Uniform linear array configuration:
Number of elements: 4
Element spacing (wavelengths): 0.75
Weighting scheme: exponential
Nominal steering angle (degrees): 15
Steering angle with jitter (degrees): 14.051
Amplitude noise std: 0.05
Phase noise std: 0.05

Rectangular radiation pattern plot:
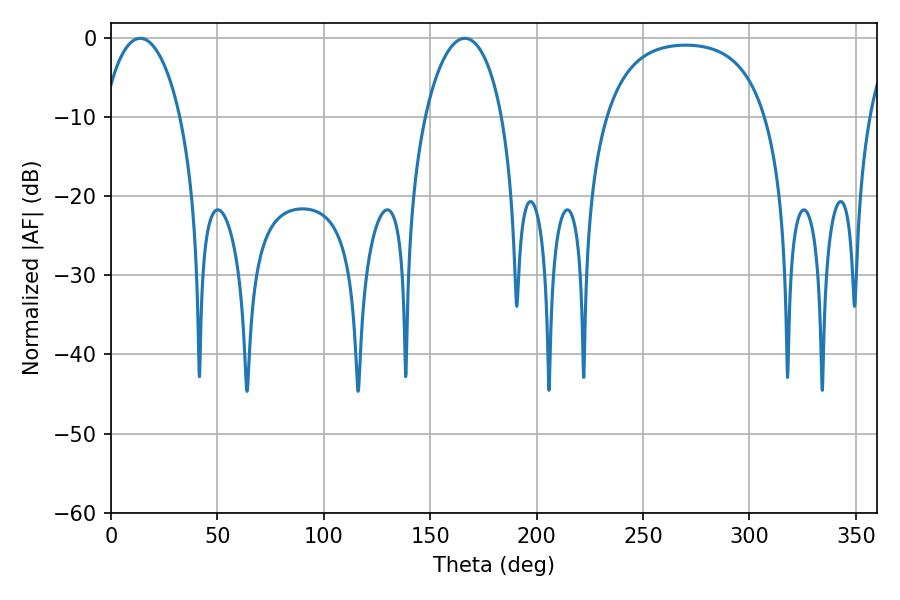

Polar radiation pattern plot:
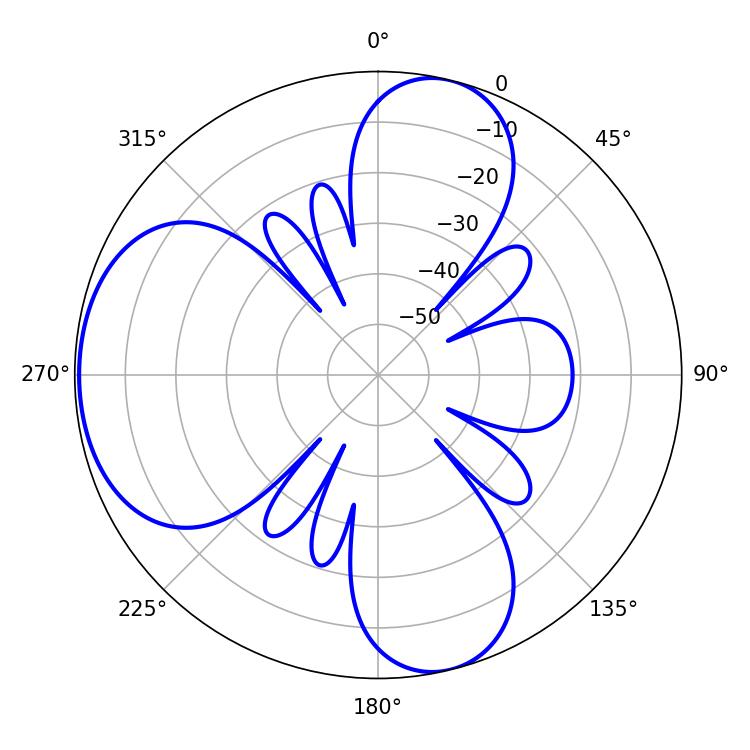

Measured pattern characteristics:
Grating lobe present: TRUE
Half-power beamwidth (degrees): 20.7
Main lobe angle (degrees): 13.68